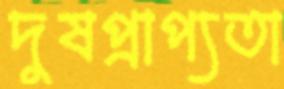
দুষপ্রাপ্যতা